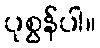
ပုစွန်ပါ။